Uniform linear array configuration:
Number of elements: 8
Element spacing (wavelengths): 0.5
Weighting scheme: exponential
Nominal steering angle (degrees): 30
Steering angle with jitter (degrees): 31.156
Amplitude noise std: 0.05
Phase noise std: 0.05

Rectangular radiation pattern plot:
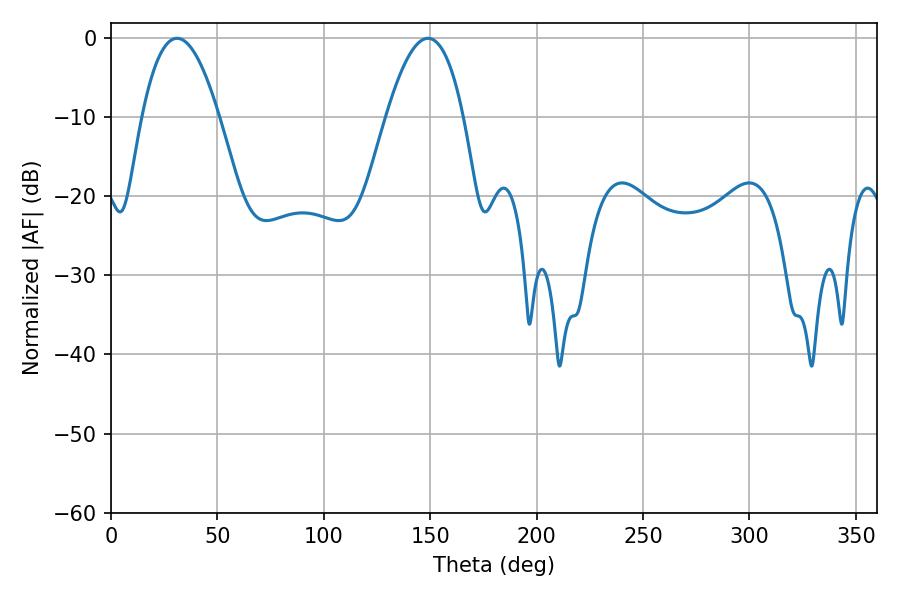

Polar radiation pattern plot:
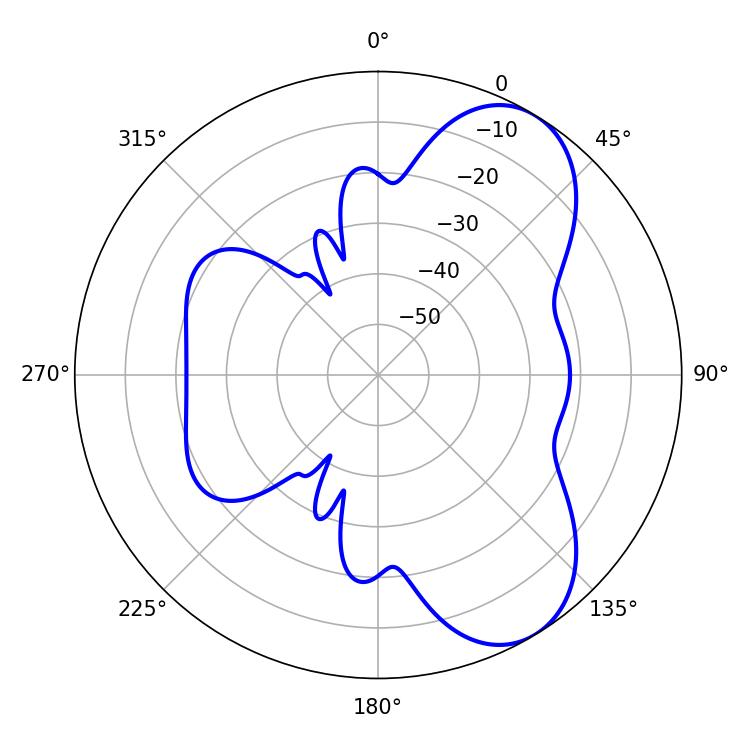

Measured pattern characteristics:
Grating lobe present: FALSE
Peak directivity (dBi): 7.153
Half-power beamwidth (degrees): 19.98
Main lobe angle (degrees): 30.96